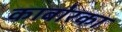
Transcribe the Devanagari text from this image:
काबोरका